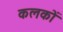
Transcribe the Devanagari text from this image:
कलकों